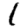
Digit: 1